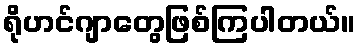
ရိုဟင်ဂျာတွေဖြစ်ကြပါတယ်။